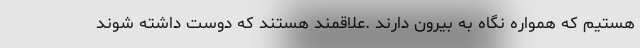
هستیم که همواره نگاه به بیرون دارند .علاقمند هستند که دوست داشته شوند